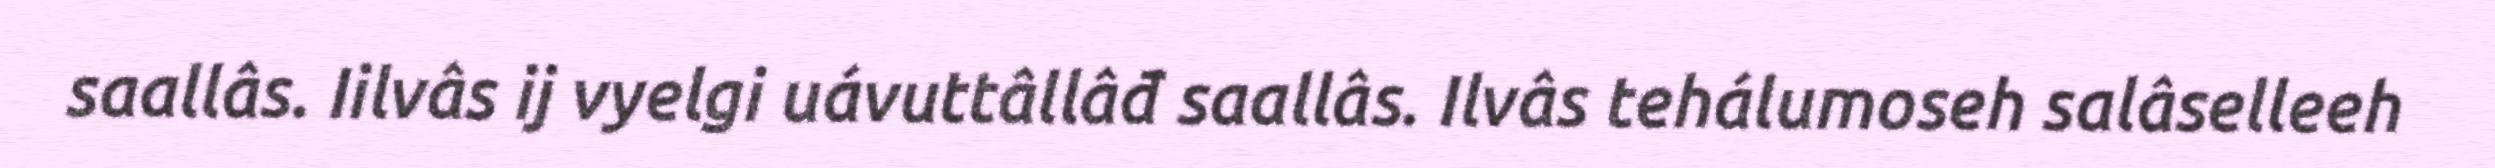
saallâs. Iilvâs ij vyelgi uávuttâllâđ saallâs. Ilvâs tehálumoseh salâselleeh